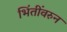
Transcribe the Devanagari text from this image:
भिंतींवरुन